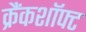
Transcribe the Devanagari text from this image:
क्रैंकशॉफ्ट